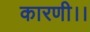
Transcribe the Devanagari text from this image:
कारणी।।